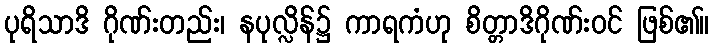
ပုရိသာဒိ ဂိုဏ်းတည်း၊ နပုလ္လိန်၌ ကာရကံဟု စိတ္တာဒိဂိုဏ်းဝင် ဖြစ်၏။